Karksi_vallavalitsus, lk 16
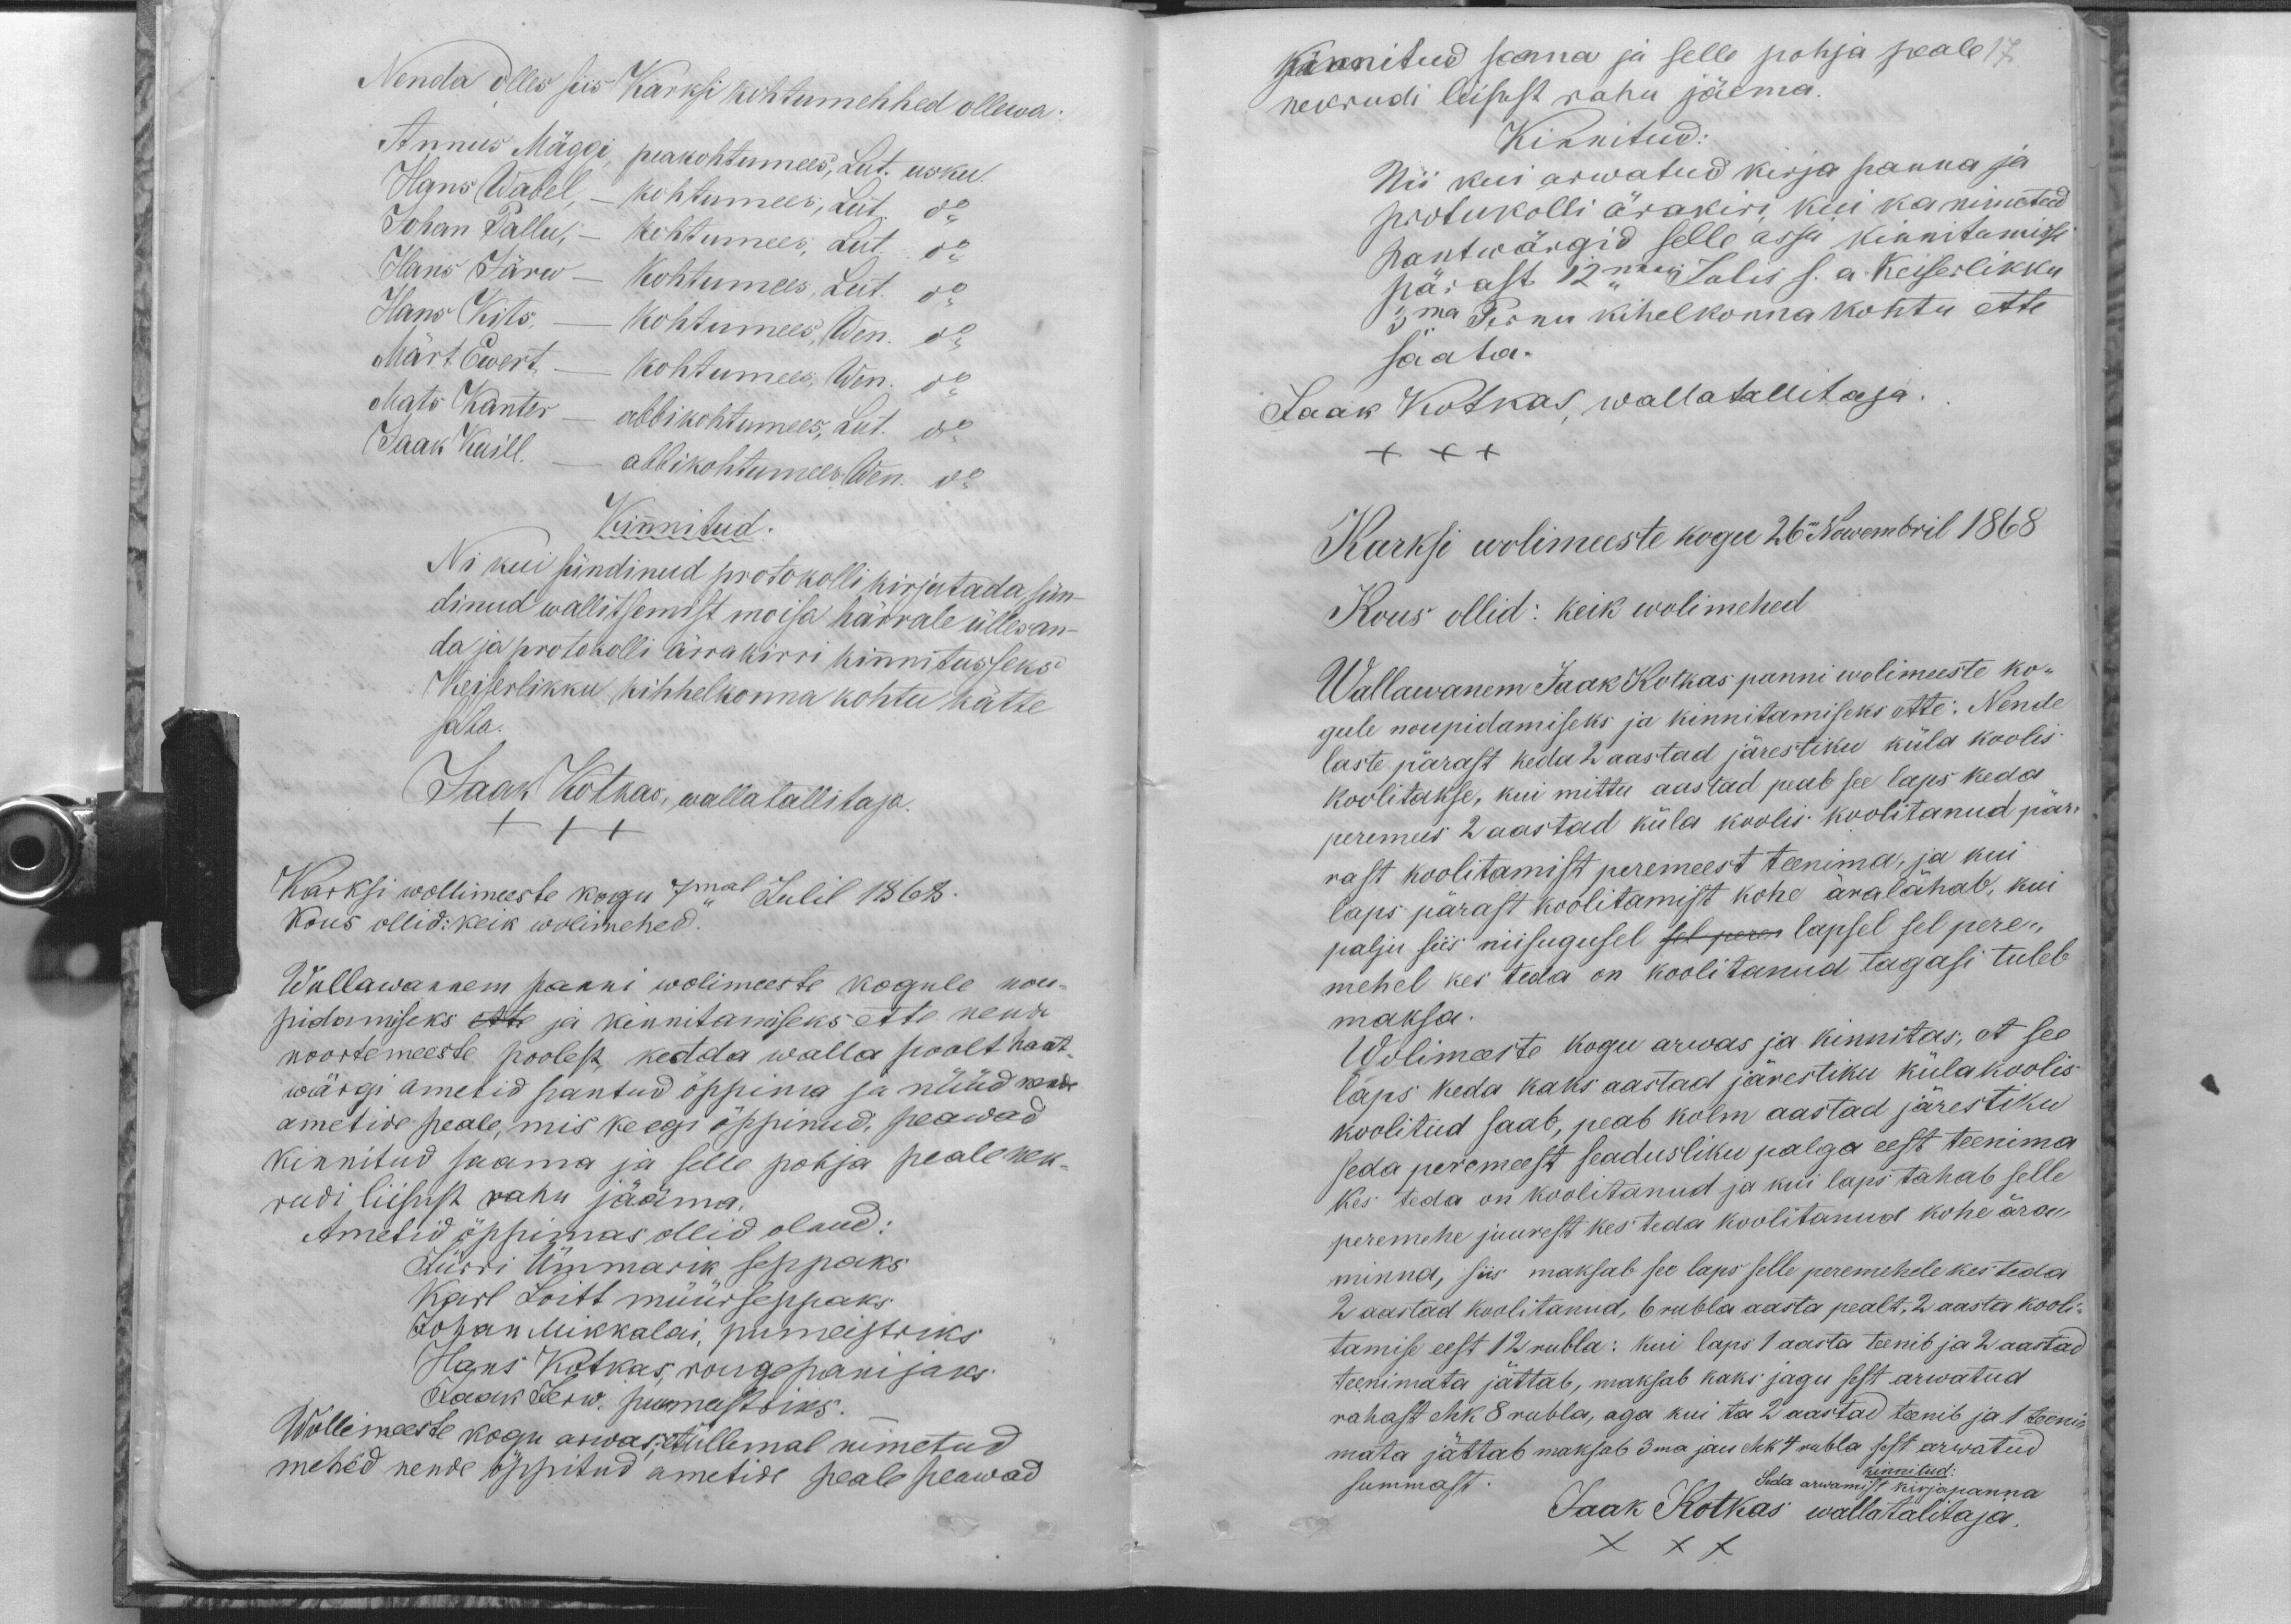
Nenda olles siis Karksi kohtumehhed ollewa
Annus Mäggi, peakohtumees, Lut. usku.
Hans Wabel, - kohtumees, Lut. do
Johan Pallu, - kohtumees, Lut. do
Hans Järw - kohtumees, Lut. do
Hans Kits. - kohtumees, Wen. do
Märt Ewert - kohtumees, Wen. do
Mats Kanter - abbikohtumees, Lut. do
Jaak Kuill. - abbikohtumees Wen. do
Kinnitud.
Nii kui sündinud protokolli kirjutada, sün-
dinud wallitsemist moisa härrale üllesan-
da ja protokolli ärrakirri kinnitusseks
Keiserlikku kihhelkonna kohtu kätte
sata.
Jaak Kotkas, wallatallitaja
+++
Karksi wollimeeste kogu 7mal Julil 1868.
Kous ollid: keik wolimehed.
Wallawannem panni wolimeeste kogule nou-
pidamiseks ette ja kinnitamiseks ette nende
noortemeeste poolest, kedda walla poolt hant-
wärgi ametid pantud õppima ja nüüd nende
ametide peale, mis keegi õppinud, peawad
kinnitud saama ja selle pohja peale nek-
rudi liisust rahu jääma.
Ametid õppimas ollid olnud:
Jürri Ümmarik seppaks
Karl Loitt müürseppaks
Johan Mikkalai, pumeistriks
Hans Kotkas, rougepanijaks
Jaak Jerw, pumeistriks.
Wollimeeste kogu arwas; et üllemal nimetud
mehed nende õppitud ametide peale peawad

kinnitud saama ja selle pohja peale 17.
nekrudi liisust rahu jäema.
Kinnitud:
Nii kui arwatud kirja panna ja
protukolli ärakiri, kui ka nimetud
hantwärgid selle asja kinnitamisse
pärast 12mes Julis s. a. Keiserlikku
3ma Pernu kihelkonna kohtu ette
saata.
Jaak Kotkas, wallatallitaja.
Karksi wolimeeste kogu 26. Nowembril 1868
Kous ollid: keik wolimehed
Wallawanem Jaak Kotkas panni wolimeeste ko-
gule nõupidamiseks ja kinnitamiseks ette: Nende
laste pärast keda 2 aastad järestiku küla koolis
koolitakse, kui mittu aastad peab see laps keda
peremees 2 aastad küla koolis koolitanud pär-
rast koolitamist peremeest teenima, ja kui
laps pärast koolitamist kohe äralähab, kui
palju siis niisugusel sel perem lapsel sel pere-
mehel kes teda on koolitanud tagasi tuleb
maksa.
Wolimeeste kogu arwas ja kinnitas, et see
laps keda kaks aastad järestiku külakoolis
koolitud saab, peab kolm aastad järestiku
seda peremeest seadusliku palga eest teenima
kes teda on koolitanud ja kui laps tahab selle
peremehe juurest kes teda koolitanud kohe ära
minna, siis maksab see laps selle peremehele kes teda
2 aastad koolitanud, 6 rubla aasta pealt, 2 aasta kooli-
tamise eest 12 rubla: kui laps 1 aasta teenib ja 2 aastad
teenimata jättab, maksab kaks jagu sest arwatud
rahast ehk 8 rubla, aga kui ta 2 aastad teenib ja 1 teeni-
mata jättab maksab 3ma jau ehk 4 rubla sest arwatud
kinnitud:
summast.
Seda arwamist kirjapanna
Jaak Kotkas wallatalitaja
XXX